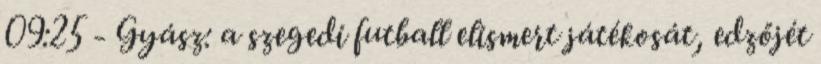
09:25 - Gyász: a szegedi futball elismert játékosát, edzőjét